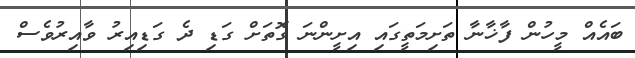
ބައެއް މީހުން ފާޚާނާ ތަށިމަތީގައި އިށީންނަ ގޮތަށް ގަޑި ދެ ގަޑިއިރު ވާއިރުވެސް